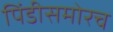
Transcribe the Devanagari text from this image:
पिंडीसमोरच